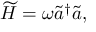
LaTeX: \widetilde { H } = \omega \widetilde { a } ^ { \dagger } \widetilde { a } ,